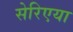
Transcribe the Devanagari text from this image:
सेरिएया